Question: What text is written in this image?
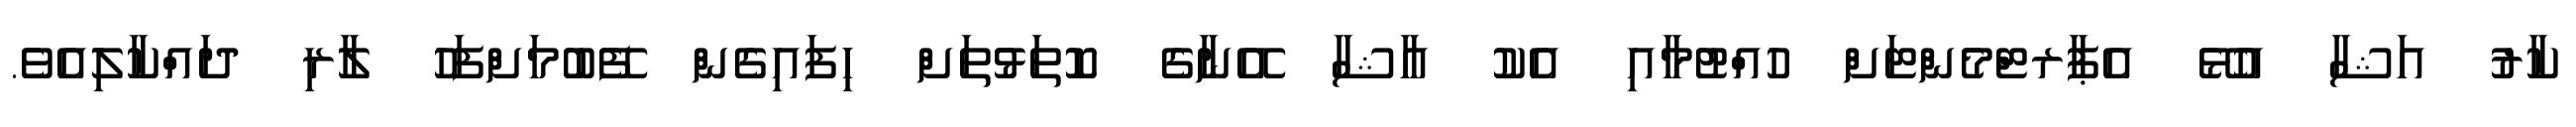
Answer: ކާރު އަޝާ އުޅޭ އެޕާރޓްމެންޓަށް ހުއްޓުމާއި އެކު އާޝާ އޭނާގެ ކޮތަޅުތަށް ހިފައިގެން ފޭބުމަށްފަހު ލާރި ދައްކާލިއެވެ.